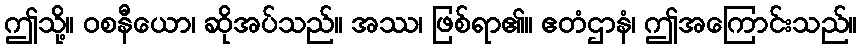
ဤသို့။ ဝစနီယော၊ ဆိုအပ်သည်။ အဿ၊ ဖြစ်ရာ၏။ ဧတံဌာနံ၊ ဤအကြောင်းသည်။